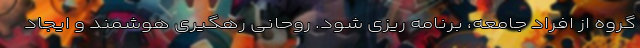
گروه از افراد جامعه، برنامه ریزی شود. روحانی رهگیری هوشمند و ایجاد